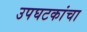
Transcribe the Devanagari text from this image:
उपघटकांचा